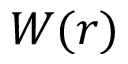
W ( r )